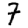
Digit: 7